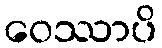
ဝေဿာပိ